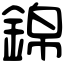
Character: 錦